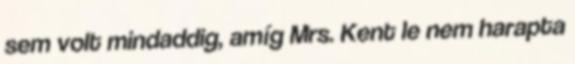
sem volt mindaddig, amíg Mrs. Kent le nem harapta